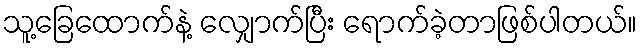
သူ့ခြေထောက်နဲ့ လျှောက်ပြီး ရောက်ခဲ့တာဖြစ်ပါတယ်။